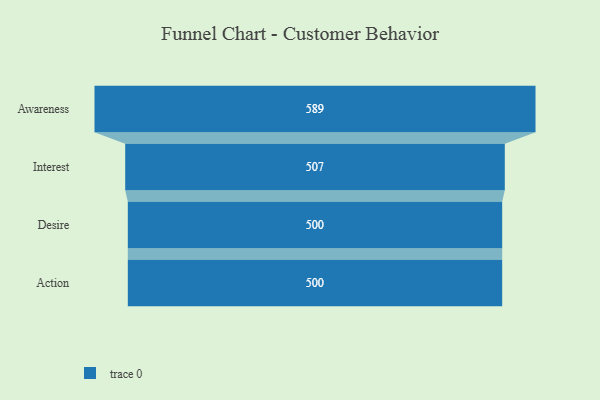
{"axis": {"x": "Stage", "y": "Value"}, "legend": [""], "data": [{"x": "Awareness", "y": 589.0, "type": ""}, {"x": "Interest", "y": 507.0, "type": ""}, {"x": "Desire", "y": 500, "type": ""}, {"x": "Action", "y": 500, "type": ""}]}